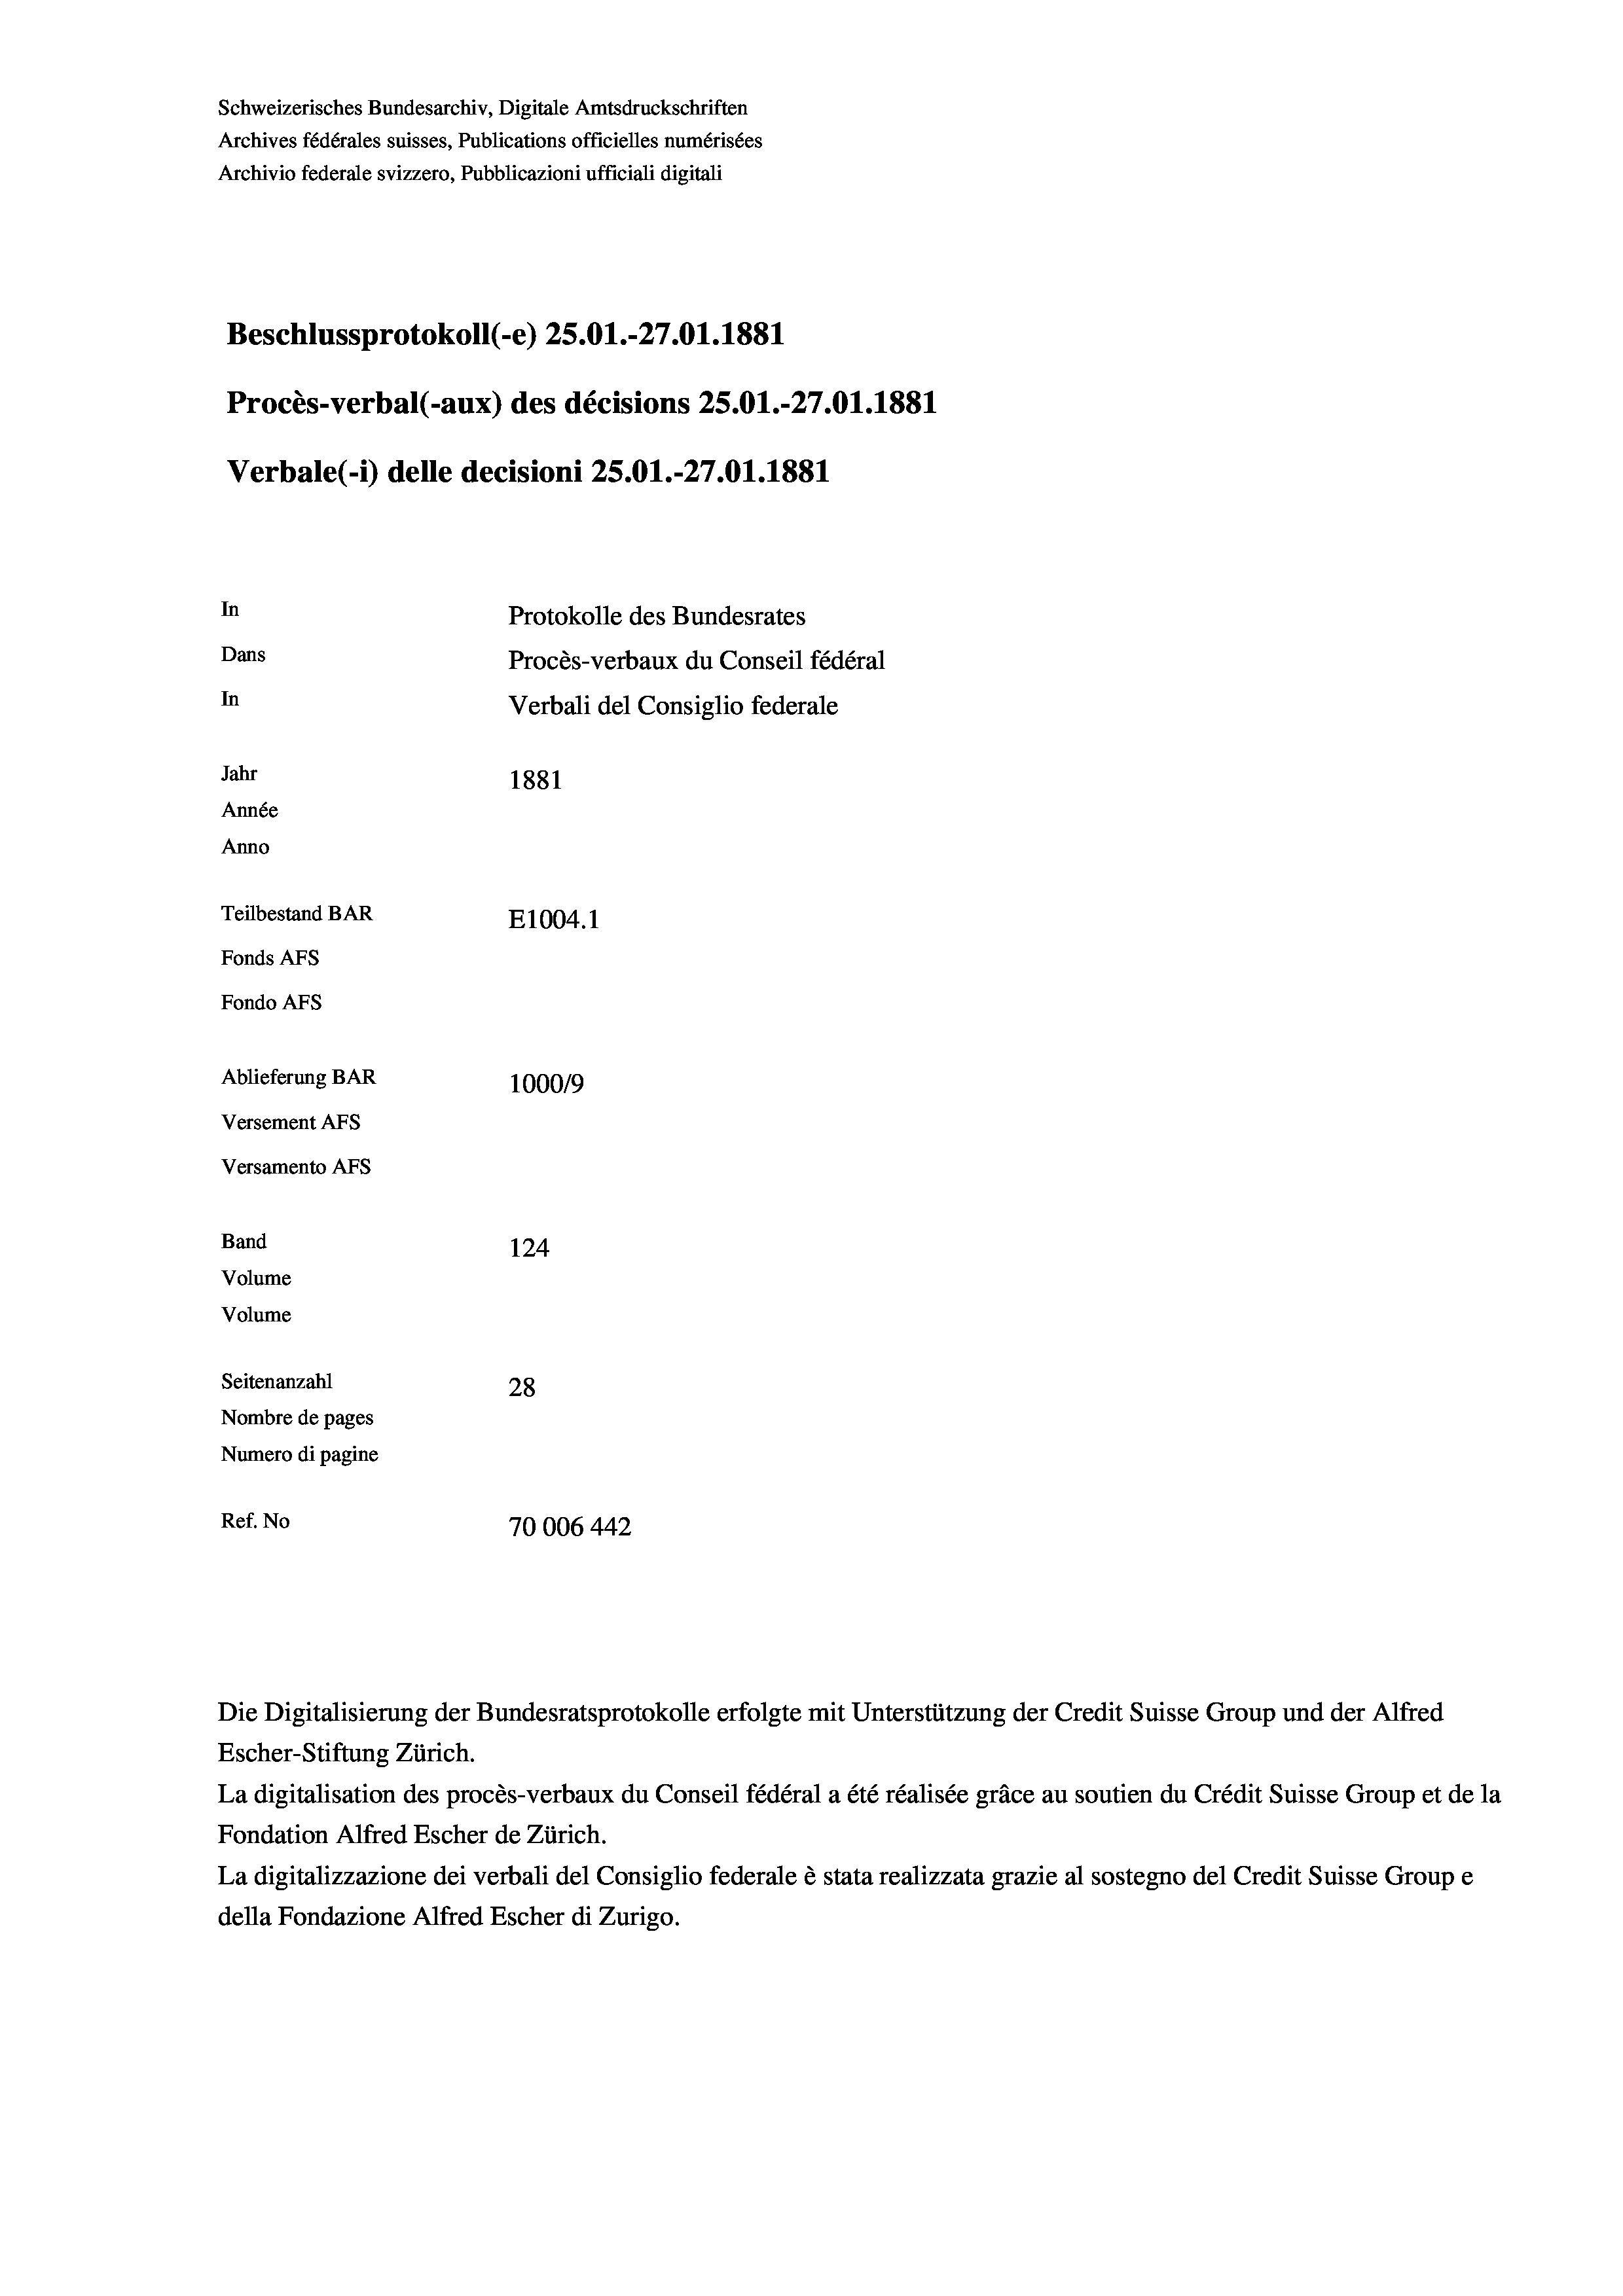
Schweizerisches Bundesarchiv, Digitale Amtsdruckschriften
Archives fédérales suisses, Publications officielles numérisées
Archivio federale svizzero, Pubblicazioni ufficiali digitali
Beschlussprotokoll (-e) 25.01.-27.01. 1881
Procès-verbal (-aux) des décisions 25.01.-27.01.1881
Verbale(-*) delle decisioni 25.01.-27.01. 1881
In
Protokolle des Bundesrates
Dans
Procès-verbaux du Conseil fédéral
In
Verbali del Consiglio federale
Jahr
1881
Année
Anno
Teilbestand BAR
E1004. 1
Fonds AFs
Fondo Afs
Ablieferung BAR
100019
Versement AFs
Versamento Afs
Band
124
Volume
Volume
Seitenanzahl
28
Nombre de pages
Numero di pagine
Ref. No
70006 442

Die Digitalisierung der Bundesratsprotokolle erfolgte mit Unterstützung der Credit Suisse Group und der Alfred
Escher-Stiftung Zürich.
La digitalisation des procès-verbaux du Conseil fédéral a été réalisée gräce au soutien du Crédit Suisse Group et de la
Fondation Alfred Escher de Zürich.
La digitalizzazione dei verbali del Consiglio federale è stata realizzata grazie al sostegno del Credit Suisse Groupe
della Fondazione Alfred Escher di Zurigo.